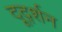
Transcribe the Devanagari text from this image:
दूर्द्शन